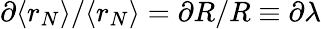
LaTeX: \partial\langle r_{N}\rangle/\langle r_{N}\rangle=\partial R/R\equiv\partial\lambda